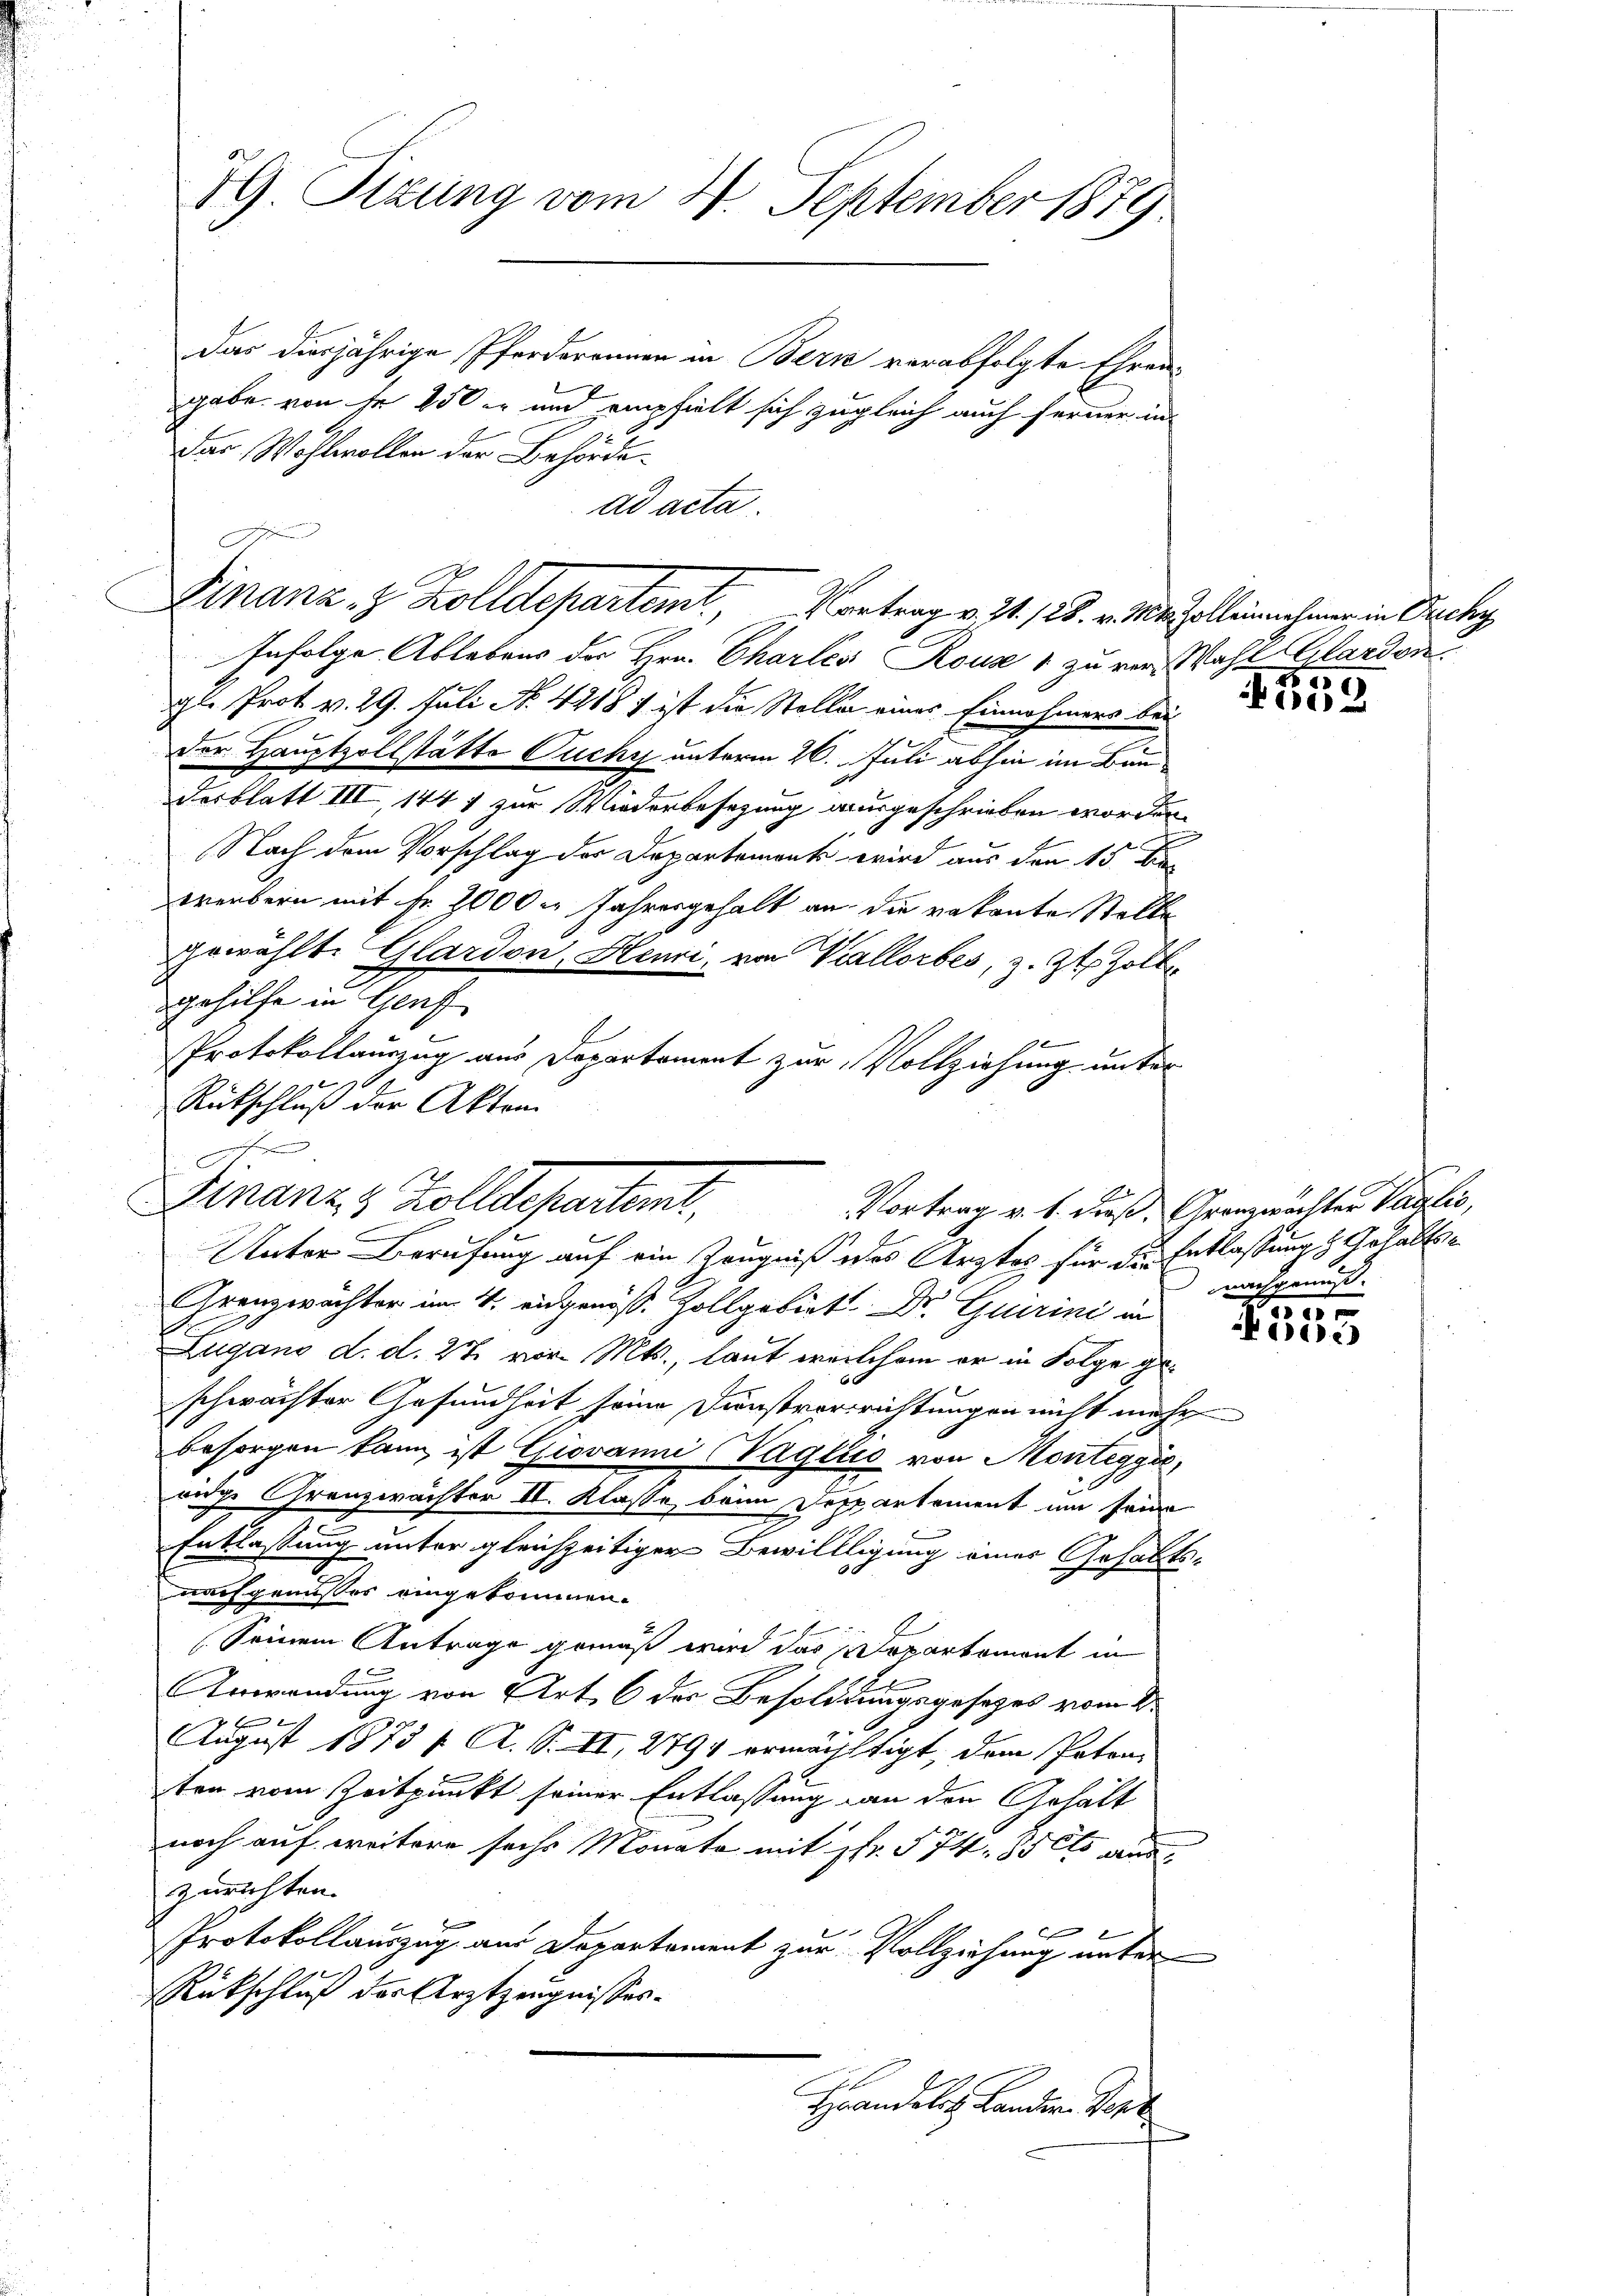
HG. Tizung vom 2. September 1879

Das diesjährige Pferderannen in Bern verabfolgte Ehrengabe von fr 450 und empfielt sich zugleich auch ferner in
Dar Wohlwollen der Behörde
ad acta.

Infolge Ablebens der Hrn. Charlei Rouz 1 zu ver Wahl Glarden.
gl. Prot v. 29. Juli No 4918 1 ist die Stolle eines Einnahmers bei
Der Hauptzollstätte Puchy unterm 26. Juli abhin im Bau
desblatt III, 1441 zur Wiederbesezung ausgeschrieben worden.
Nach dem Vorschlag der Departement wird aus den 15 Ber
wrenbern mit Fr. 2000 Jahresgehalt an die vakante Stelle
gewählte Glardon, Henzi, von Vallorbes, z. Zt. Zoll
gehilfe in Genf
90
Protokollauszug aus Departement zur Vollziehung unter
Rütschluß der Akten
Granzwächter im 4. eingenöss. Zollgebiet. Dr. Gurini in
Zugano d. d. 27 vor. Mts., laut welchem er in Folge geschwachter Gesundheit seine Dunstvorrichtungen nicht mehr
besorgen kann, ist Giovanni (Vaglus von Monteggić,
ridge Granzwächter II. Klasse, beim Departement um seine
Entlassung unter gleichzeitiger Bewillligung einer Gehalts-
nachgenusses eingekommen.
Seinem Antrage gemäß wird das Departemont in
Anwendung von Art. 6 der Besoldungsgesetzes vom 2.
August 1873 f. A. S. II, 2791 ermächtigt, dem Paten,
ten vom Zeitpunkt seiner Entlassung an den Gehält
noch auf weitere sechs Monata mit Fr. 574. 25 Cts aus,
zurichten.

Protokollauszug aus Departament zur Vollziehung unter
Rückschluß der Arztzeugnisses.
Hrandelich Lander Vor

n
A
Finanz- & Zolldepartemt, Vortrag v. 31. 125. v. Mts. Zollein nehmer in Bruchy

F
Kranz 4 Zolldeparteme,
Vortrag v. 1. dieß, Granzwächter Paglio,
Unter Berufung auf ein Zeugniß des Arztes für die Entlassung Gehalten

6)

110

nachgenuß.

1000
555